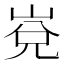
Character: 𱛯